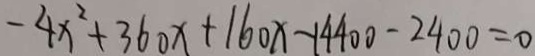
- 4 x ^ { 2 } + 3 6 0 x + 1 6 0 x - 1 4 4 0 0 - 2 4 0 0 = 0